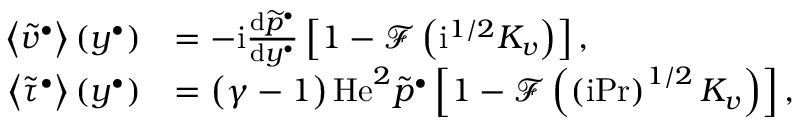
\begin{array} { r l } { \left\langle { \widetilde { v } ^ { \bullet } } \right\rangle \left( y ^ { \bullet } \right) } & { = - \mathrm { i } \frac { \mathrm { d } \widetilde { p } ^ { \bullet } } { \mathrm { d } y ^ { \bullet } } \left[ 1 - \mathcal { F } \left( \mathrm { i } ^ { 1 / 2 } K _ { v } \right) \right] , } \\ { \left\langle { \widetilde { \tau } ^ { \bullet } } \right\rangle \left( y ^ { \bullet } \right) } & { = \left( \gamma - 1 \right) \mathrm { H e } ^ { 2 } \widetilde { p } ^ { \bullet } \left[ 1 - \mathcal { F } \left( \left( \mathrm { i } \mathrm { P r } \right) ^ { 1 / 2 } K _ { v } \right) \right] , } \end{array}